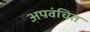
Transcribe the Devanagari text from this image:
अपवंचित